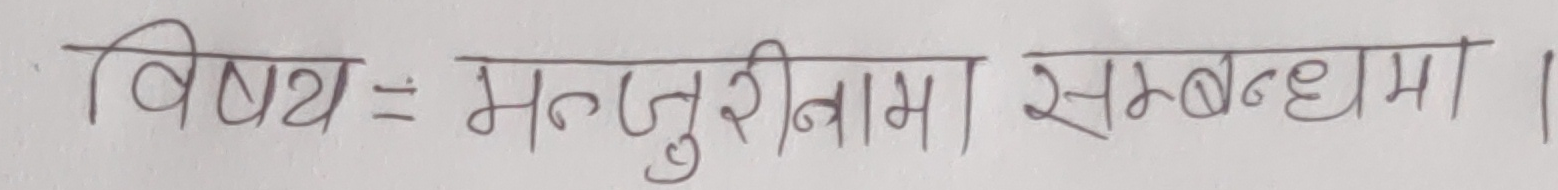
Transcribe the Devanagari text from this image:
विषय = मन्जुरीनामा सम्बन्धमा ।